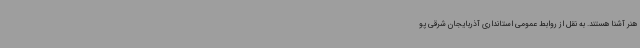
هنر آشنا هستند. به نقل از روابط عمومی استانداری آذربایجان شرقی پو